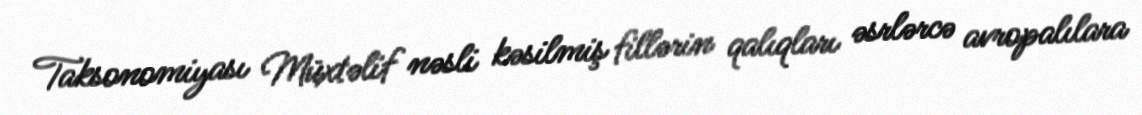
Taksonomiyası Müxtəlif nəsli kəsilmiş fillərin qalıqları əsrlərcə avropalılara